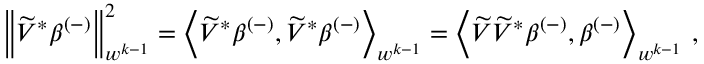
\begin{array} { r } { \left\lVert \widetilde { V } ^ { * } \beta ^ { ( - ) } \right\rVert _ { w ^ { k - 1 } } ^ { 2 } = \left\langle \widetilde { V } ^ { * } \beta ^ { ( - ) } , \widetilde { V } ^ { * } \beta ^ { ( - ) } \right\rangle _ { w ^ { k - 1 } } = \left\langle \widetilde { V } \widetilde { V } ^ { * } \beta ^ { ( - ) } , \beta ^ { ( - ) } \right\rangle _ { w ^ { k - 1 } } \, , } \end{array}